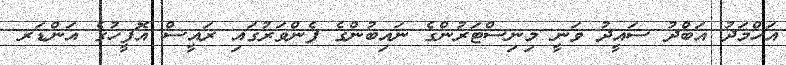
އަހްމަދު އަބްދު ސައީދު ވަނީ މިނިސްޓަރުންގެ ނައިބުންގެ ފެންވަރުގައި ރައީސް އޮފީހުގެ އަންޑަރ